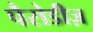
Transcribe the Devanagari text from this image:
पैरोडीज़